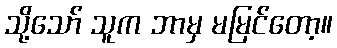
သို့သော် သူက ဘာမှ မမြင်တော့။